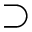
\supset